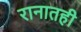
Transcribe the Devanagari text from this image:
रानातही